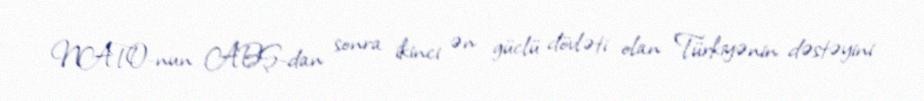
NATO-nun ABŞ-dan sonra ikinci ən güclü dövləti olan Türkiyənin dəstəyini